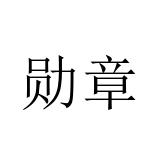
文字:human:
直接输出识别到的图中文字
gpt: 勋章